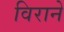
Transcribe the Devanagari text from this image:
विराने